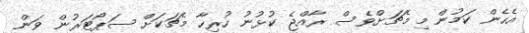
އެހެން ކަމުން މި މެޗަށްވެސް ރާއްޖެ ކުޅުނު ހުރިހާ މެޗަކަށް ސަޕޯޓަރުން ވަން